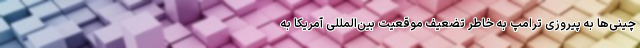
چینی‌ها به پیروزی ترامپ به خاطر تضعیف موقعیت بین‌المللی آمریکا به